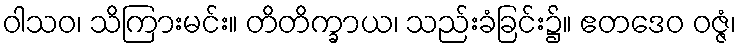
ဝါသဝ၊ သိကြားမင်း။ တိတိက္ခာယ၊ သည်းခံခြင်း၌။ ဧတဒေဝ ဝဇ္ဇံ၊